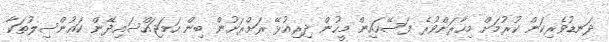
ދަނޑުވެރިކަން ކުރުމަށް މިހާރަށްވުރެ ފަސޭހައިން މީހުން ދިރިއުޅޭ ރަށްރަށުން ބިން ހަމަޖައްސައިދޭން ކައުންސިލުތަކާ